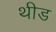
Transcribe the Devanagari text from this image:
थीड